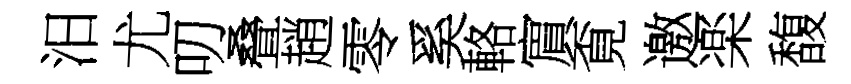
汨尤叨叠趙零奚輅賔覔邀楽馥